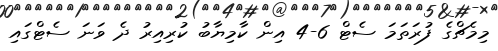
މިމެޗްގެ ފުރަތަމަ ސެޓް 6-4 އިން ކާމިޔާބު ކުރިއިރު ދެ ވަނަ ސެޓްގައި